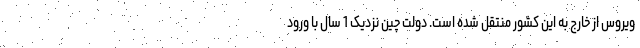
ویروس از خارج به این کشور منتقل شده است. دولت چین نزدیک 1 سال با ورود